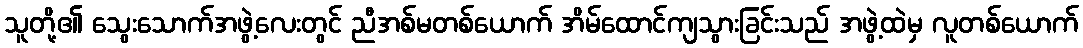
သူတို့၏ သွေးသောက်အဖွဲ့လေးတွင် ညီအစ်မတစ်ယောက် အိမ်ထောင်ကျသွားခြင်းသည် အဖွဲ့ထဲမှ လူတစ်ယောက်